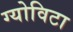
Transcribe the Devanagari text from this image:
ग्योविटा